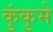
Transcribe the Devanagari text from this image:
कुंकुमे